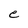
Character: e